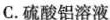
C.硫酸铝溶液